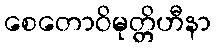
စေတောဝိမုတ္တိဟီနာ